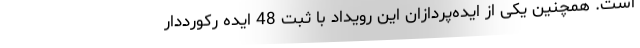
است. همچنین یکی از ایده‌پردازان این رویداد با ثبت 48 ایده رکورددار